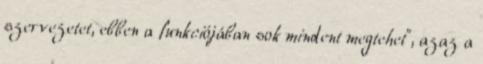
szervezetet, ebben a funkciójában sok mindent megtehet”, azaz a